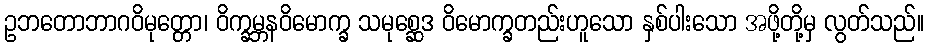
ဥဘတောဘာဂဝိမုတ္တော၊ ဝိက္ခမ္ဘနဝိမောက္ခ သမုစ္ဆေဒ ဝိမောက္ခတည်းဟူသော နှစ်ပါးသော အဖို့တို့မှ လွတ်သည်။